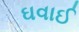
ઘવાઈ